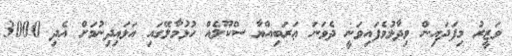
ވަޒީރު މިފަދައިން ވިދާޅުވެފައިވަނީ ދެވަނަ ޢަރަބިއްޔާ ސްކޫލެއް ހުޅުމާލޭގައި އަޅައިދިނުމަށް އެދި 3000